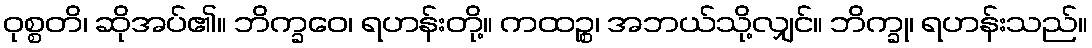
ဝုစ္စတိ၊ ဆိုအပ်၏။ ဘိက္ခဝေ၊ ရဟန်းတို့။ ကထဉ္စ၊ အဘယ်သို့လျှင်။ ဘိက္ခု၊ ရဟန်းသည်။